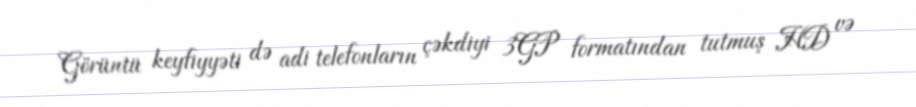
Görüntü keyfiyyəti də adi telefonların çəkdiyi 3GP formatından tutmuş HD və